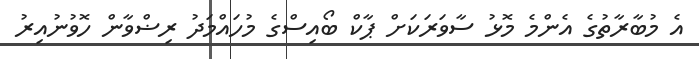
އެ މުބާރާތުގެ އެންމެ މޮޅު ސާވަރަކަށް ޕާކް ބޯއިސްގެ މުހައްމަދު ރިޟްވާން ހޮވުނުއިރު